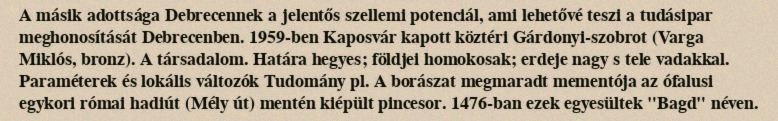
A másik adottsága Debrecennek a jelentős szellemi potenciál, ami lehetővé teszi a tudásipar meghonosítását Debrecenben. 1959-ben Kaposvár kapott köztéri Gárdonyi-szobrot (Varga Miklós, bronz). A társadalom. Határa hegyes; földjei homokosak; erdeje nagy s tele vadakkal. Paraméterek és lokális változók Tudomány pl. A borászat megmaradt mementója az ófalusi egykori római hadiút (Mély út) mentén kiépült pincesor. 1476-ban ezek egyesültek "Bagd" néven.